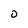
Character: D